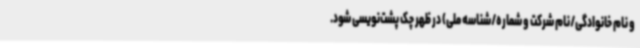
و نام خانوادگی/نام شرکت و شماره/شناسه ملی) در ظهر چک پشت‌نویسی‌ شود.